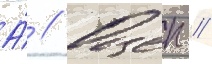
А́ // Оцеп //